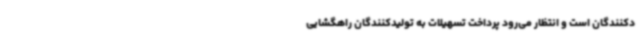
دکنندگان است و انتظار می‌رود پرداخت تسهیلات به تولیدکنندگان راهگشایی